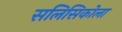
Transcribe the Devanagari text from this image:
सलिसिकोला